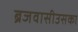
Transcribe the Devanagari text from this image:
ब्रजवासीउसका